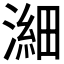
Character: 𪷉